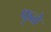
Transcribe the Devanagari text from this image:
फुळे